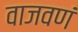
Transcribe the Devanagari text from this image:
वाजवणं